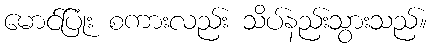
မောင်ပြုံး စကားလည်း သိပ်နည်းသွားသည်။